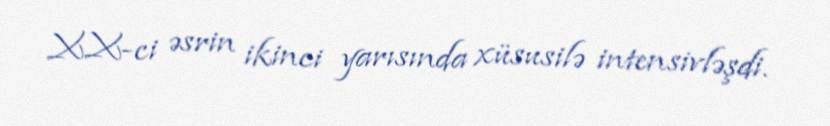
XX-ci əsrin ikinci yarısında xüsusilə intensivləşdi.